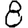
Digit: 8